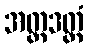
အတ္တဒတ္ထံ